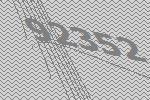
92352